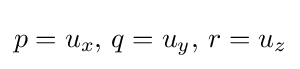
p=u_{x},\,q=u_{y},\,r=u_{z}